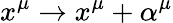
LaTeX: x^{\mu}\rightarrow x^{\mu}+\alpha^{\mu}